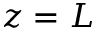
z = L